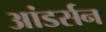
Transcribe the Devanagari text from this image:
आंडर्सन